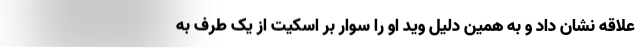
علاقه نشان داد و به همین دلیل وید او را سوار بر اسکیت از یک طرف به